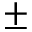
\pm